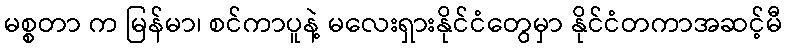
မစ္စတာ က မြန်မာ၊ စင်ကာပူနဲ့ မလေးရှားနိုင်ငံတွေမှာ နိုင်ငံတကာအဆင့်မီ